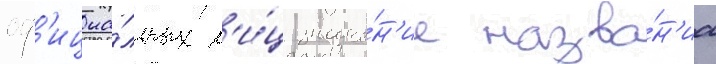
оф'ициа́льных л'и́ц значе́н'ие назва́н'иа